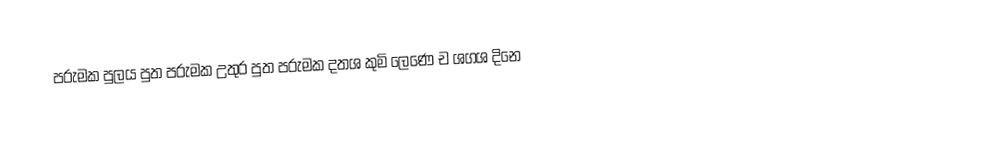
පරුමක පුලය පුත පරුමක උතුර පුත පරුමක දතශ කුමි ලෙණෙ ච ශගශ දිනෙ